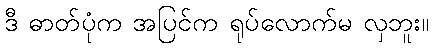
ဒီ ဓာတ်ပုံက အပြင်က ရုပ်လောက်မ လှဘူး။